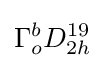
\Gamma _{o}^{b}D_{2h}^{19}